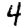
Digit: 4